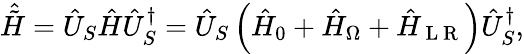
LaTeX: \hat{\tilde{H}}=\hat{U}_{S}\hat{H}\hat{U}_{S}^{\dagger}=\hat{U}_{S}\left(\hat{H}_{0}+\hat{H}_{\Omega}+\hat{H}_{\mathrm{~L~R~}}\right)\hat{U}_{S}^{\dagger},